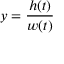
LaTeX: y = { \frac { h ( t ) } { w ( t ) } }